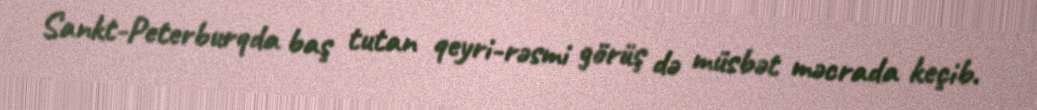
Sankt-Peterburqda baş tutan qeyri-rəsmi görüş də müsbət məcrada keçib.